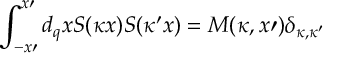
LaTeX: \int _ { - x \prime } ^ { x \prime } d _ { q } x S ( \kappa x ) S ( \kappa ^ { \prime } x ) = M ( \kappa , x \prime ) \delta _ { \kappa , \kappa ^ { \prime } }